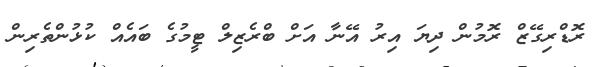
ރޮޑްރިގޭޒް ރޮމުން ދިޔަ އިރު އޭނާ އަށް ބްރެޒިލް ޓީމުގެ ބައެއް ކުޅުންތެރިން